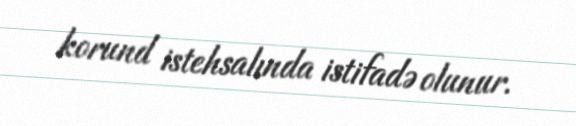
korund istehsalında istifadə olunur.